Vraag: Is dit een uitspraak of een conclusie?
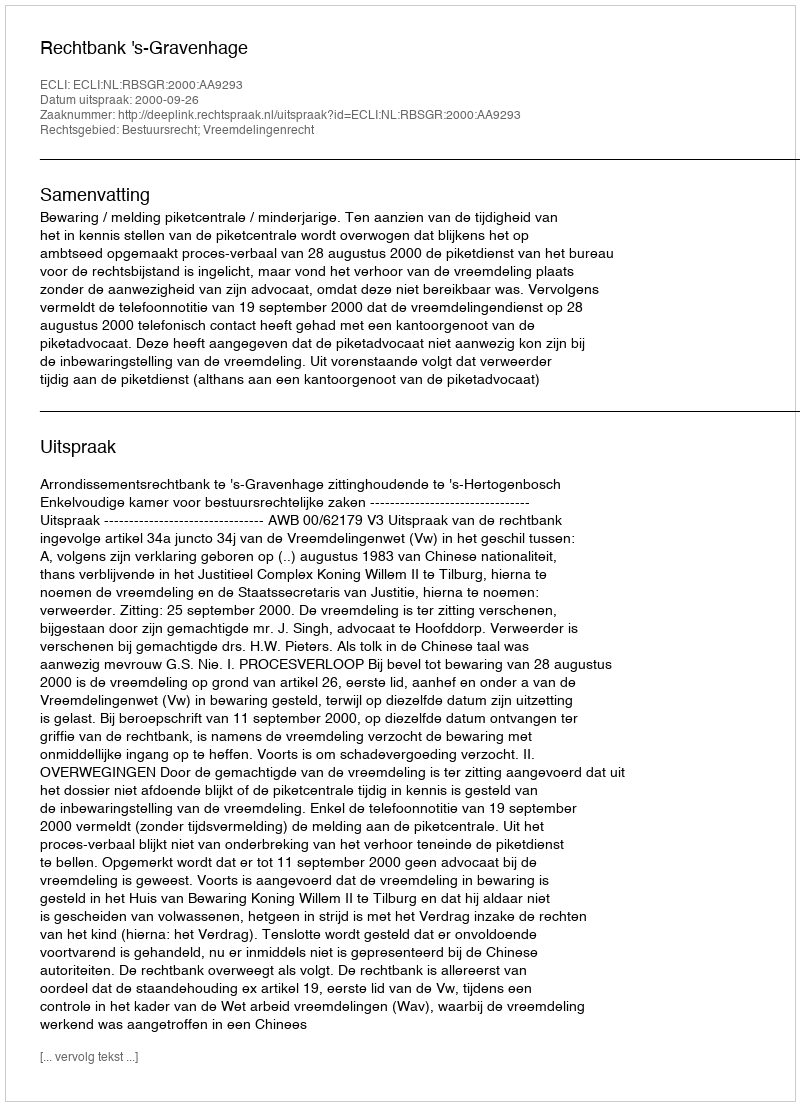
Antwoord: Uitspraak